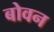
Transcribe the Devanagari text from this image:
बोवन